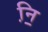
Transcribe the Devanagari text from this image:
नि़॒